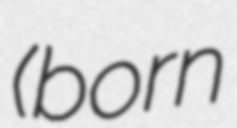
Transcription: (born